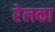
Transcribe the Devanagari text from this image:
रेलका